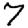
Digit: 7